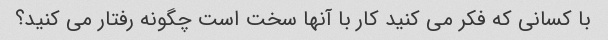
با کسانی که فکر می کنید کار با آنها سخت است چگونه رفتار می کنید؟